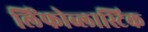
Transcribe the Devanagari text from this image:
लिंफोब्लास्टिक